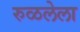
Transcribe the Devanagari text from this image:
रुळलेला